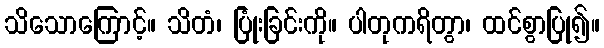
သိသောကြောင့်။ သိတံ၊ ပြုံးခြင်းကို။ ပါတုကရိတွာ၊ ထင်စွာပြု၍။